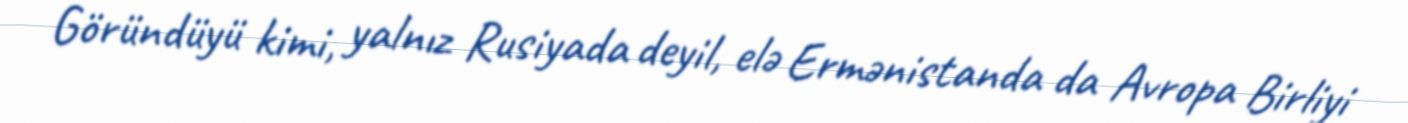
Göründüyü kimi, yalnız Rusiyada deyil, elə Ermənistanda da Avropa Birliyi